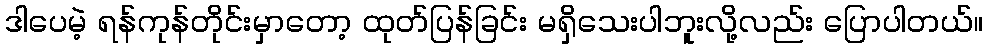
ဒါပေမဲ့ ရန်ကုန်တိုင်းမှာတော့ ထုတ်ပြန်ခြင်း မရှိသေးပါဘူးလို့လည်း ပြောပါတယ်။